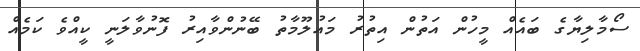
ސޯމާލިޔާގެ ބައެއް މީހުން އަތުން އިތުރު މައުލޫމާތު ބޭނުންވާއިރު ފޮނުވާލަނީ ކީއްވެ ކަމެއް